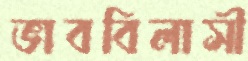
ভাববিলাসী